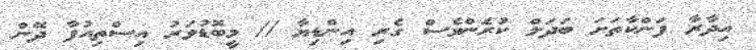
އިދާރާ ފަންކާތަށަ ބަދަލް ކުރެަންވެސް ގެރި އިންޑިޔާ // މީބޮޑުވަރު އިސްތިއުފާ ދޭން